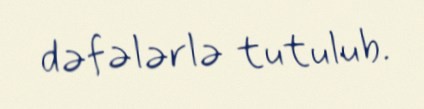
dəfələrlə tutulub.